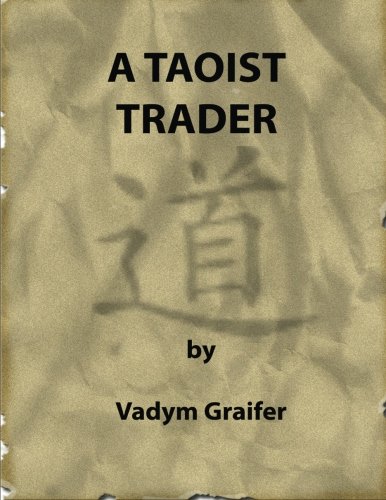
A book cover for A Taoist Trader; Vadym Graifer; Business & Money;